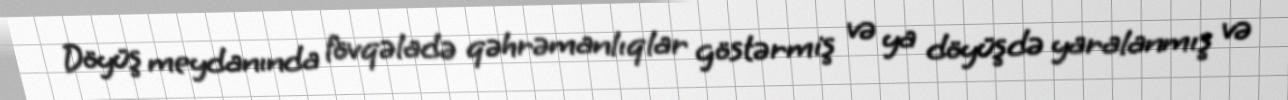
Döyüş meydanında fövqəladə qəhrəmanlıqlar göstərmiş və ya döyüşdə yaralanmış və